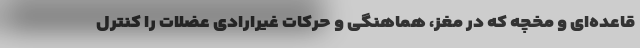
قاعده‌ای و مخچه که در مغز، هماهنگی و حرکات غیرارادی عضلات را کنترل